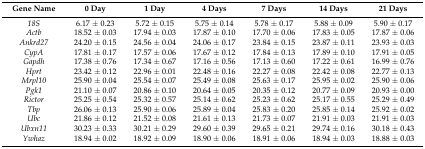
<table><thead><tr><td><b>Gene Name</b></td><td><b>0 Day</b></td><td><b>1 Day</b></td><td><b>4 Days</b></td><td><b>7 Days</b></td><td><b>14 Days</b></td><td><b>21 Days</b></td></tr></thead><tbody><tr><td><i>18S</i></td><td>6.17 ± 0.23</td><td>5.72 ± 0.15</td><td>5.75 ± 0.14</td><td>5.78 ± 0.17</td><td>5.88 ± 0.09</td><td>5.90 ± 0.17</td></tr><tr><td><i>Actb</i></td><td>18.52 ± 0.03</td><td>17.94 ± 0.03</td><td>17.87 ± 0.10</td><td>17.70 ± 0.06</td><td>17.83 ± 0.05</td><td>17.87 ± 0.06</td></tr><tr><td><i>Ankrd27</i></td><td>24.20 ± 0.15</td><td>24.56 ± 0.04</td><td>24.06 ± 0.17</td><td>23.84 ± 0.15</td><td>23.87 ± 0.11</td><td>23.93 ± 0.03</td></tr><tr><td><i>CypA</i></td><td>17.81 ± 0.17</td><td>17.57 ± 0.06</td><td>17.67 ± 0.12</td><td>17.84 ± 0.13</td><td>17.89 ± 0.10</td><td>17.91 ± 0.05</td></tr><tr><td><i>Gapdh</i></td><td>17.38 ± 0.76</td><td>17.34 ± 0.67</td><td>17.16 ± 0.56</td><td>17.13 ± 0.60</td><td>17.22 ± 0.61</td><td>16.99 ± 0.76</td></tr><tr><td><i>Hprt</i></td><td>23.42 ± 0.12</td><td>22.96 ± 0.01</td><td>22.48 ± 0.16</td><td>22.27 ± 0.08</td><td>22.42 ± 0.08</td><td>22.77 ± 0.13</td></tr><tr><td><i>Mrpl10</i></td><td>25.90 ± 0.04</td><td>25.54 ± 0.07</td><td>25.49 ± 0.08</td><td>25.63 ± 0.17</td><td>25.95 ± 0.02</td><td>25.90 ± 0.06</td></tr><tr><td><i>Pgk1</i></td><td>21.10 ± 0.07</td><td>20.86 ± 0.10</td><td>20.64 ± 0.05</td><td>20.35 ± 0.12</td><td>20.77 ± 0.09</td><td>20.93 ± 0.00</td></tr><tr><td><i>Rictor</i></td><td>25.25 ± 0.54</td><td>25.32 ± 0.57</td><td>25.14 ± 0.62</td><td>25.23 ± 0.62</td><td>25.17 ± 0.55</td><td>25.29 ± 0.49</td></tr><tr><td><i>Tbp</i></td><td>26.06 ± 0.13</td><td>25.90 ± 0.06</td><td>25.89 ± 0.04</td><td>25.83 ± 0.20</td><td>25.85 ± 0.14</td><td>25.92 ± 0.02</td></tr><tr><td><i>Ubc</i></td><td>21.86 ± 0.12</td><td>21.52 ± 0.08</td><td>21.61 ± 0.13</td><td>21.73 ± 0.07</td><td>21.91 ± 0.03</td><td>21.91 ± 0.03</td></tr><tr><td><i>Ubxn11</i></td><td>30.23 ± 0.33</td><td>30.21 ± 0.29</td><td>29.60 ± 0.39</td><td>29.65 ± 0.21</td><td>29.74 ± 0.16</td><td>30.18 ± 0.43</td></tr><tr><td><i>Ywhaz</i></td><td>18.94 ± 0.02</td><td>18.92 ± 0.09</td><td>18.90 ± 0.06</td><td>18.91 ± 0.06</td><td>18.94 ± 0.03</td><td>18.88 ± 0.03</td></tr></tbody></table>